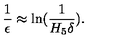
\frac { 1 } { \epsilon } \approx \ln ( \frac { 1 } { H _ { 5 } \delta } ) .